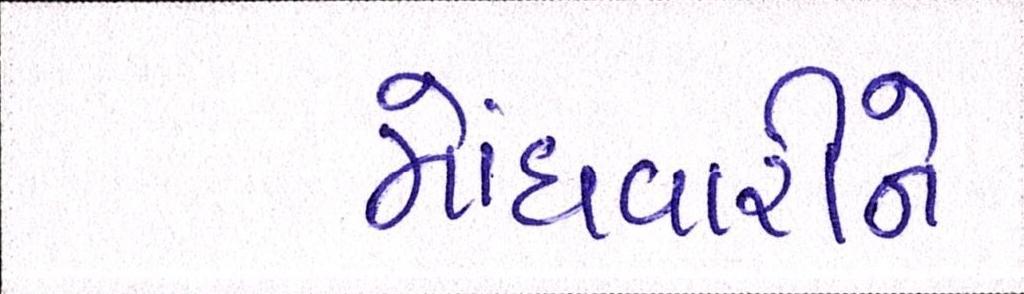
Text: મોંઘવારીને